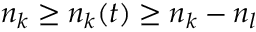
n _ { k } \ge n _ { k } ( t ) \ge n _ { k } - n _ { l }